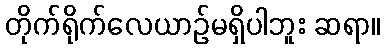
တိုက်ရိုက်လေယာဉ်မရှိပါဘူး ဆရာ။